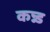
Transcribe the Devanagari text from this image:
कन्न्ड